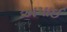
અપાઈ